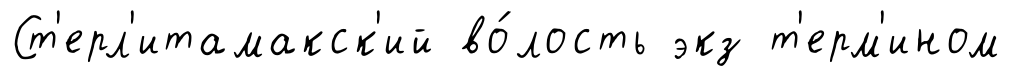
Ст'ерл'итамакск'ий во́лость экз т'ерм'ином